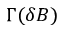
\Gamma ( \delta B )